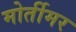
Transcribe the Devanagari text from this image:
मोर्तीमर